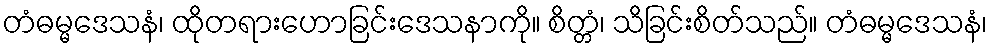
တံဓမ္မဒေသနံ၊ ထိုတရားဟောခြင်းဒေသနာကို။ စိတ္တံ၊ သိခြင်းစိတ်သည်။ တံဓမ္မဒေသနံ၊